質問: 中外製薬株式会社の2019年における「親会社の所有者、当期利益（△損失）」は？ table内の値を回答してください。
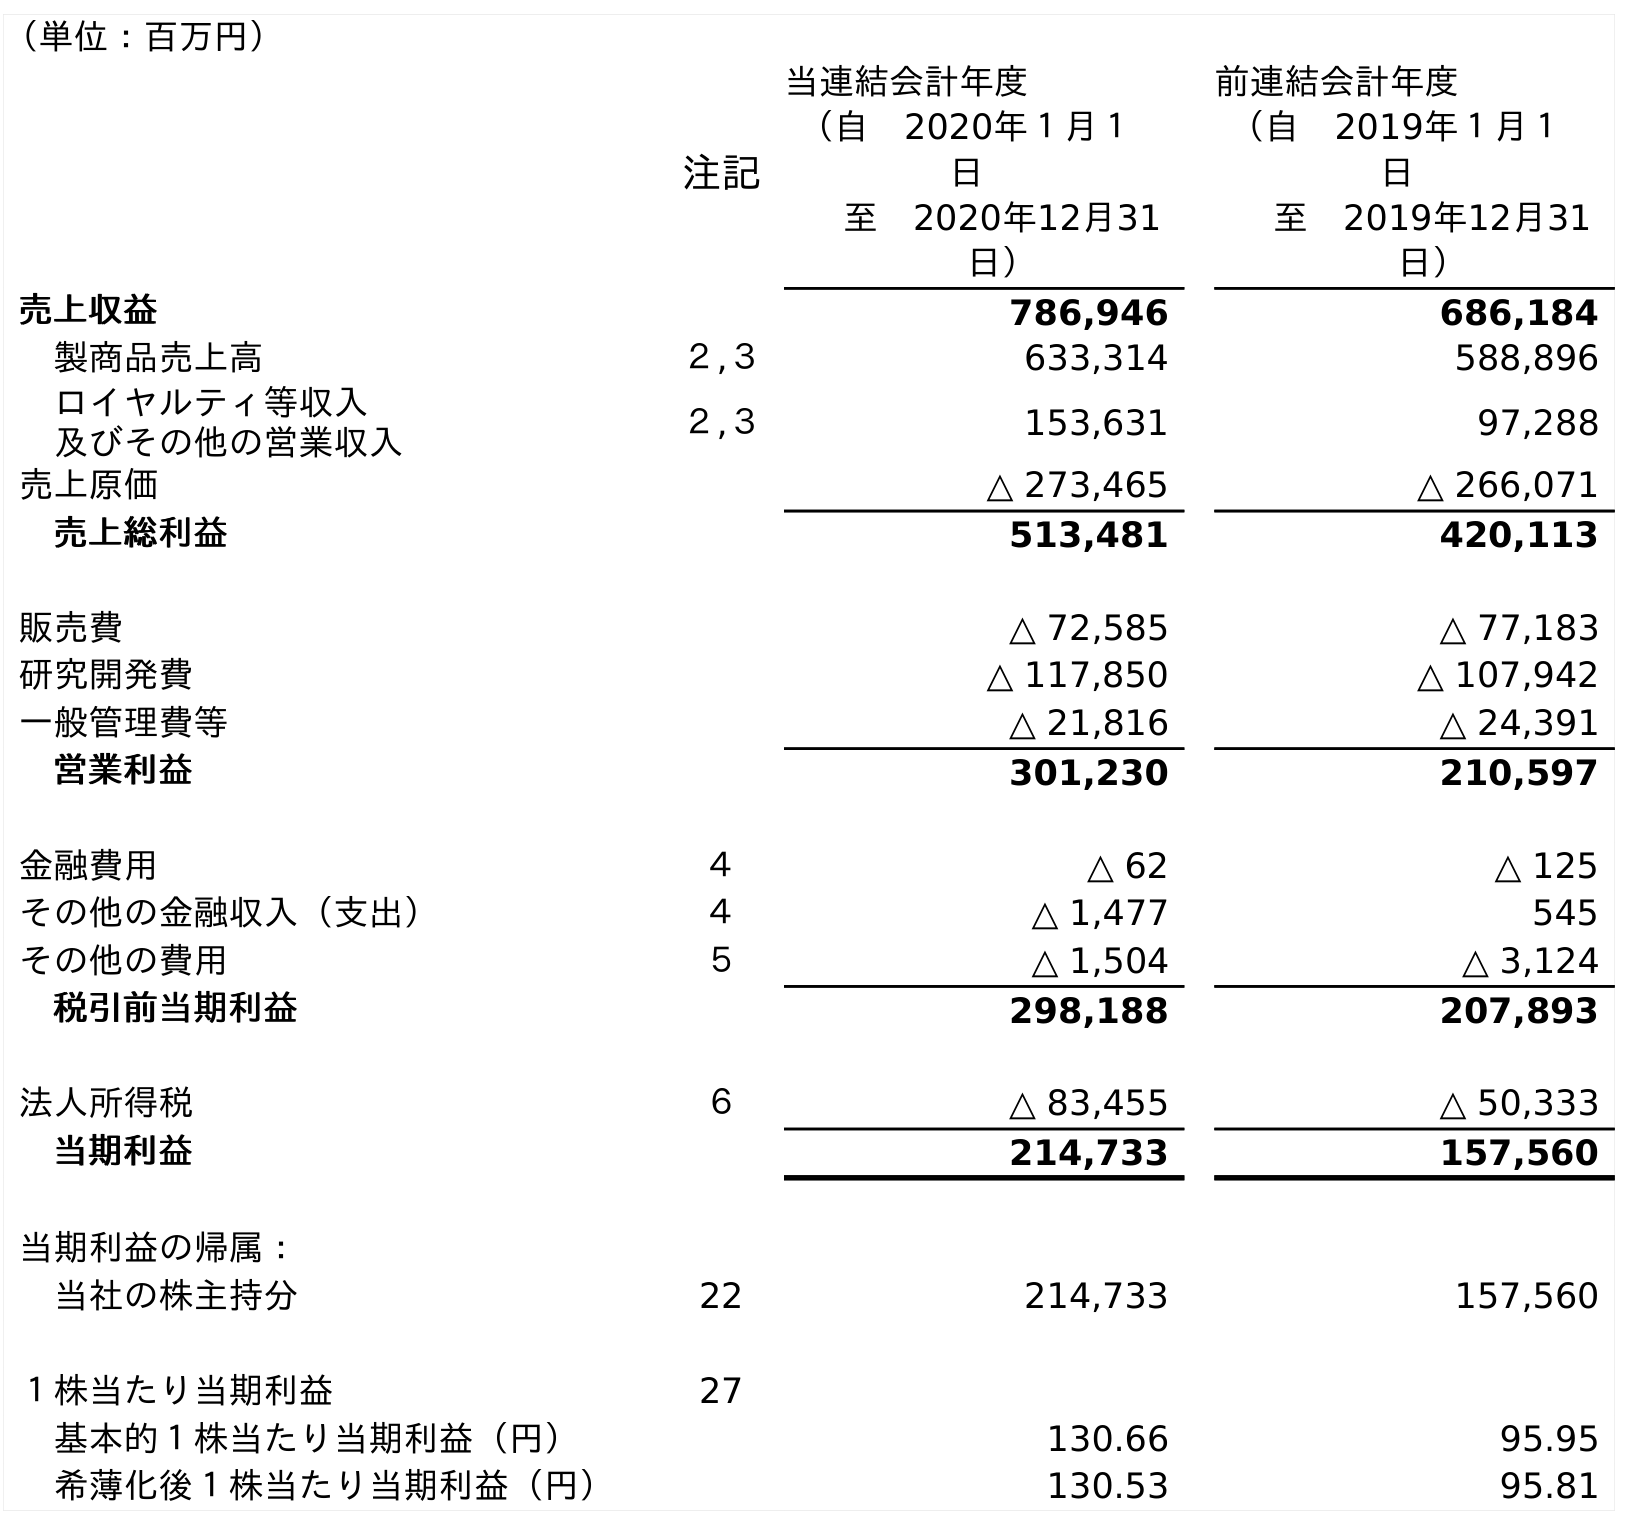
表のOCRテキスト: （単位：百万円） 注記 当連結会計年度 （自 2020年１月１ 日 至 2020年12月31 日） 前連結会計年度 （自 2019年１月１ 日 至 2019年12月31 日） 売上収益 786,946 686,184 製商品売上高 ２,３ 633,314 588,896 ロイヤルティ等収入 及びその他の営業収入 ２,３ 153,631 97,288 売上原価 △ 273,465 △ 266,071 売上総利益 513,481 420,113 販売費 △ 72,585 △ 77,183 研究開発費 △ 117,850 △ 107,942 一般管理費等 △ 21,816 △ 24,391 営業利益 301,230 210,597 金融費用 ４ △ 62 △ 125 その他の金融収入（支出） ４ △ 1,477 545 その他の費用 ５ △ 1,504 △ 3,124 税引前当期利益 298,188 207,893 法人所得税 ６ △ 83,455 △ 50,333 当期利益 214,733 157,560 当期利益の帰属： 当社の株主持分 22 214,733 157,560 １株当たり当期利益 27 基本的１株当たり当期利益（円） 130.66 95.95 希薄化後１株当たり当期利益（円） 130.53 95.81
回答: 157,560